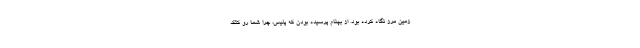
زمين مرز نگاه كرده بود. از بهنام پرسيده بودن كه پليس، چرا شما رو كتك